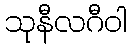
သုနီလဂီဝါ